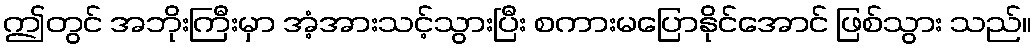
ဤတွင် အဘိုးကြီးမှာ အံ့အားသင့်သွားပြီး စကားမပြောနိုင်အောင် ဖြစ်သွား သည်။